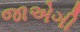
જાએગી